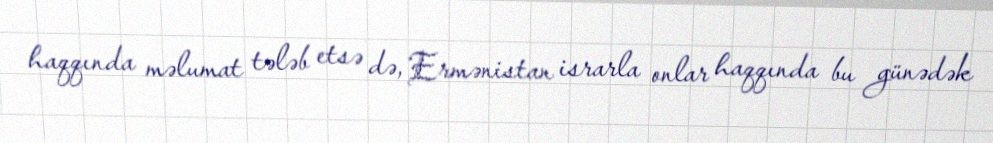
haqqında məlumat tələb etsə də, Ermənistan israrla onlar haqqında bu günədək